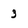
Character: 3